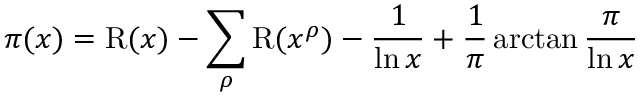
\pi ( x ) = \operatorname { R } ( x ) - \sum _ { \rho } \operatorname { R } ( x ^ { \rho } ) - { \frac { 1 } { \ln { x } } } + { \frac { 1 } { \pi } } \arctan { \frac { \pi } { \ln { x } } }